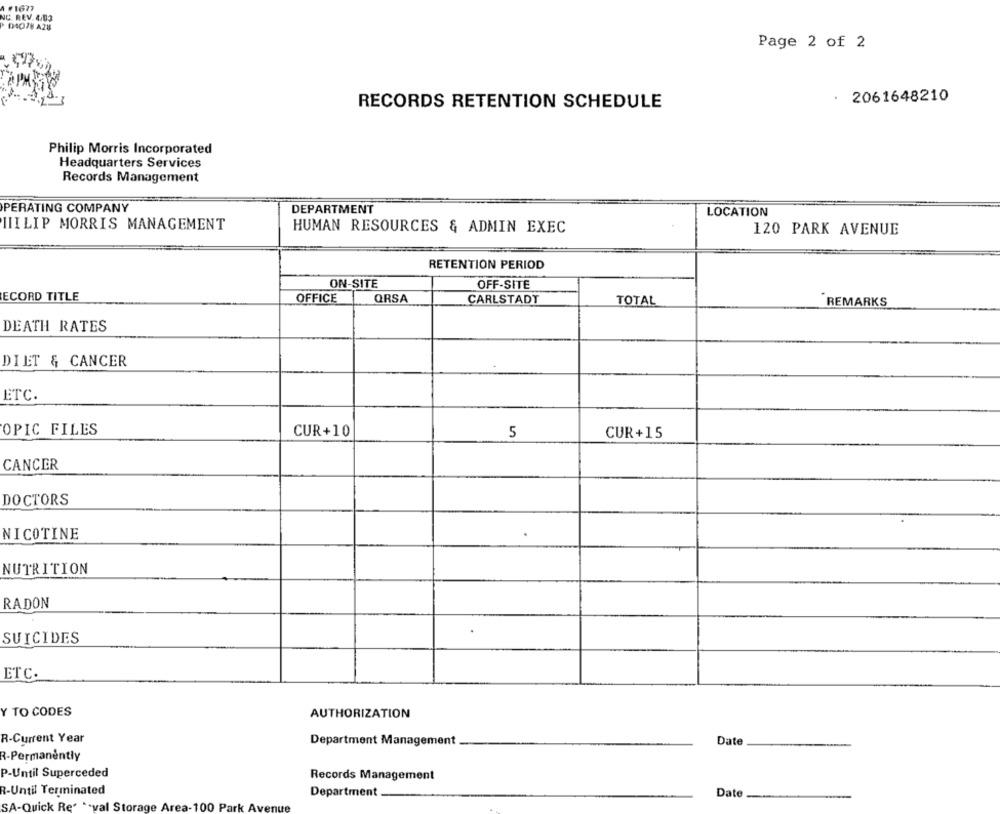
NC. REV. 4.03
DIQ78 A28
Page 2 of 2
2061648210
RECORDS RETENTION SCHEDULE
Philip Morris Incorporated
Headquarters Services
Records Management
PERATING COMPANY
DEPARTMENT
LOCATION
HIILIP MORRIS MANAGEMENT
HUMAN RESOURCES & ADMIN EXEC
120 PARK AVENUE
RETENTION PERIOD
ON-SITE
OFF-SITE
ECORD TITLE
OFFICE
QRSA
CARLSTADT
TOTAL
REMARKS
DEATH RATES
DIET & CANCER
ETC.
OPIC FILES
CUR+10
5
CUR+15
CANCER
DOCTORS
NICOTINE
NUTRITION
RADON
SUICIDES
ETC.
Y TO CODES
AUTHORIZATION
R-Current Year
Department Management
Date
R-Permanently
P-Until Superceded
Records Management
R-Until Terminated
Department _
Date
SA-Quick Re* ** val Storage Area-100 Park Av